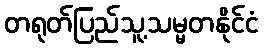
တရုတ်ပြည်သူ့သမ္မတနိုင်ငံ